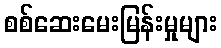
စစ်ဆေးမေးမြန်းမှုများ